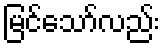
မြင်သော်လည်း